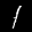
Label: 1